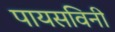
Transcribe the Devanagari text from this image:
पायसविनी